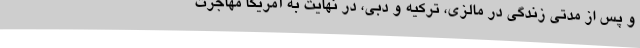
و پس از مدتی زندگی در مالزی، ترکیه و دبی، در نهایت به آمریکا مهاجرت